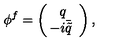
\phi ^ { f } = \left( \begin{array} { c c } { q } \\ { \! \! - i \bar { \tilde { q } } } \\ \end{array} \right) ,